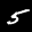
Label: 5